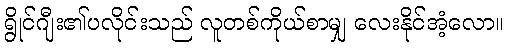
ရွိုင်ဂျီး၏ပလိုင်းသည် လူတစ်ကိုယ်စာမျှ လေးနိုင်အံ့လော။